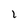
Character: 1